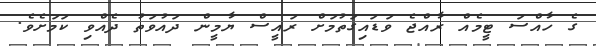
ގެ ހާއްސަ ޓީމެއް ރާއްޖެ ވަޑައިގަތުމަށް ރައީސް ޔާމީން ދައުވަތު ދެއްވި ކަމަށެވެ.